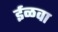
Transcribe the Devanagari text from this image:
ईळवा